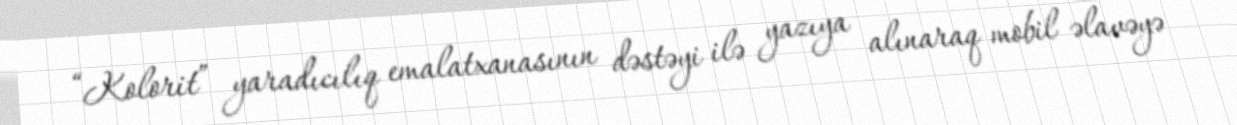
“Kolorit” yaradıcılıq emalatxanasının dəstəyi ilə yazıya alınaraq mobil əlavəyə